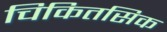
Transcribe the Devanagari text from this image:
चिकितसिक